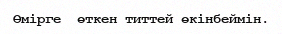
Өмірге  өткен титтей өкінбеймін.